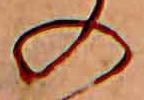
の